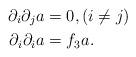
LaTeX: \begin{align*}\partial_i{\partial_j a}&=0, (i\neq j) \\\partial_i{\partial_i a}&=f_3a. \end{align*}